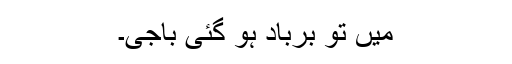
میں تو برباد ہو گئی باجی۔